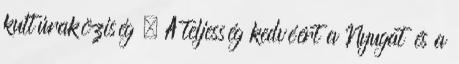
kultúraköziség . A teljesség kedvéért a Nyugat és a